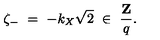
\zeta _ { - } \ = \ - k _ { X } \sqrt { 2 } \ \in \ \frac { { \bf Z } } { q } .